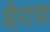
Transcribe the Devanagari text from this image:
वीराचा